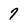
Character: 7